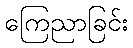
ကြေညာခြင်း